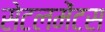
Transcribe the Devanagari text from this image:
सेटलमेंटस